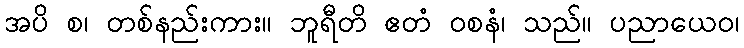
အပိ စ၊ တစ်နည်းကား။ ဘူရီတိ ဧတံ ဝစနံ၊ သည်။ ပညာယေဝ၊